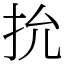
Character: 抁